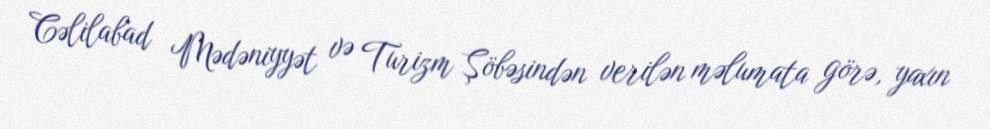
Cəlilabad Mədəniyyət və Turizm Şöbəsindən verilən məlumata görə, yaxın